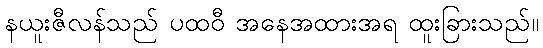
နယူးဇီလန်သည် ပထဝီ အနေအထားအရ ထူးခြားသည်။